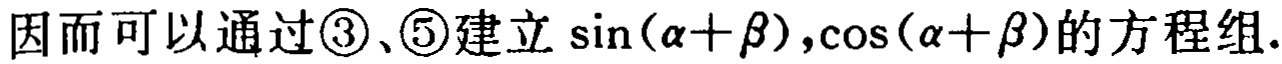
因而可以通过\textcircled{3}、\textcircled{5}建立\(\sin(\alpha + \beta),\cos(\alpha + \beta)\)的方程组.